Leaving Certificate Examination, 1924
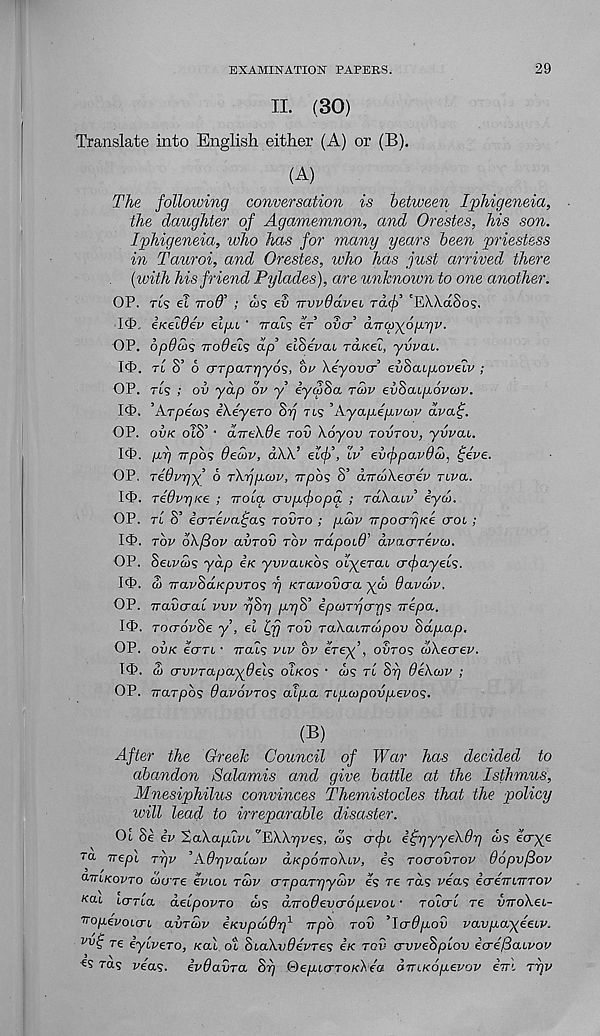
EXAMINATION PAPERS.
29
II. (30)
Translate into English either (A) or (B).
(A)
The following conversation is between Iphigeneia,
the daughter of Agamemnon, and Orestes, his son.
Iphigeneia, who has for many years been priestess
in Tauroi, and Orestes, who has just arrived there
(with his friend Pylades), are unknown to one another.
OP. T15 el iroff' ; &)? ev irwOdvei Td(f) , 'EXAdSos.
I'P.. eneWev el/ju ’ Trats er ova dTT0)^6[Ji~gv.
OP. 6p9u>’5 iroOels dp’ elhevai rcueei, yvvai.
I<t>. rt S’ 6 crrpcmyyds, be hey over evScupovelv ;
OP. ris ; ov yap bv y eyepSa tu>v evSaip.6va>v.
I<t>. ’Arpecos iheyero Srj rts 'Ayajxepvcav aval;.
OP. ovk oTS’ • d-rrekOe tov \6yov tovtov, yvvai.
1$. |U,7) 7T/505 9ed>v, d\\.’ elj) , iv evcj>pav9d>, Ijeve.
OP. Tedv-gy b rhrjpuov, npos S’ aTrcoXecrev riva.
1$. Te9vr)i<e ; irola crvpifopa ; Tahaiv eyd>.
OP. tI S’ ecrTevaljas tovto ; p.a>v TrpocrriKe croi ;
I'P. top bh^ov avrov rbv irdpoi9’ dvacrrevco.
OP. Seiptus yap in yvvaiKO? oiyerai crfayels.
I ( t > . d) iravSaKpvTOS rj KTavovcra yev 9avd)v.
OP. TTavcrai vvv yjSr] pngS’ ipcoTrjcrr) 1 ; irepa.
I<P. TorrovSe y, el Lp tov Tahanrcvpov Sdpap.
OP. ovk ecrri • Tra'is viv bv erey’, ovro<; dhecrev.
1$. Si crwrapayOels oIkos • ws rl Si] 9ek(ov ;
OP. Trarpo? 6av6vTO<; at/xa Tipcopovpievo<5.
(B)
After the Greek Council of War has decided to
abandon Salamis and give battle at the Isthmus,
Mnesiphilus convinces Themistocles that the policy
will lead to irreparable disaster.
Oi Se iv 'Zakapiivi ’'Hkkrjves, dx; crfi i^r/yyekdr] &)? ecrye
ra nepi rpv ’Adyvalcov aKporrokiv, es toctovtov Oopvfiov
o-ttikovto wccTe evioi twv crTparpyatv es re rds vea<; icreTrnrTov
Kai icrrta delpovro ws aTTodevcropievoi • rotert re virohei-
nopevoicri avrcov eKvpdOiq 1 irpb tov ’Icrdpiov vavyayeeiv.
vv ij Te iylvero, Kal ot SiahvdevTes iK tqv ervveSplov ecre/Saivov
xas veas. evdavTa Si] ®epicrTOKkea dmKopevov em Trjv